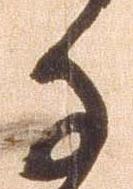
子